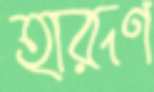
হারূণ